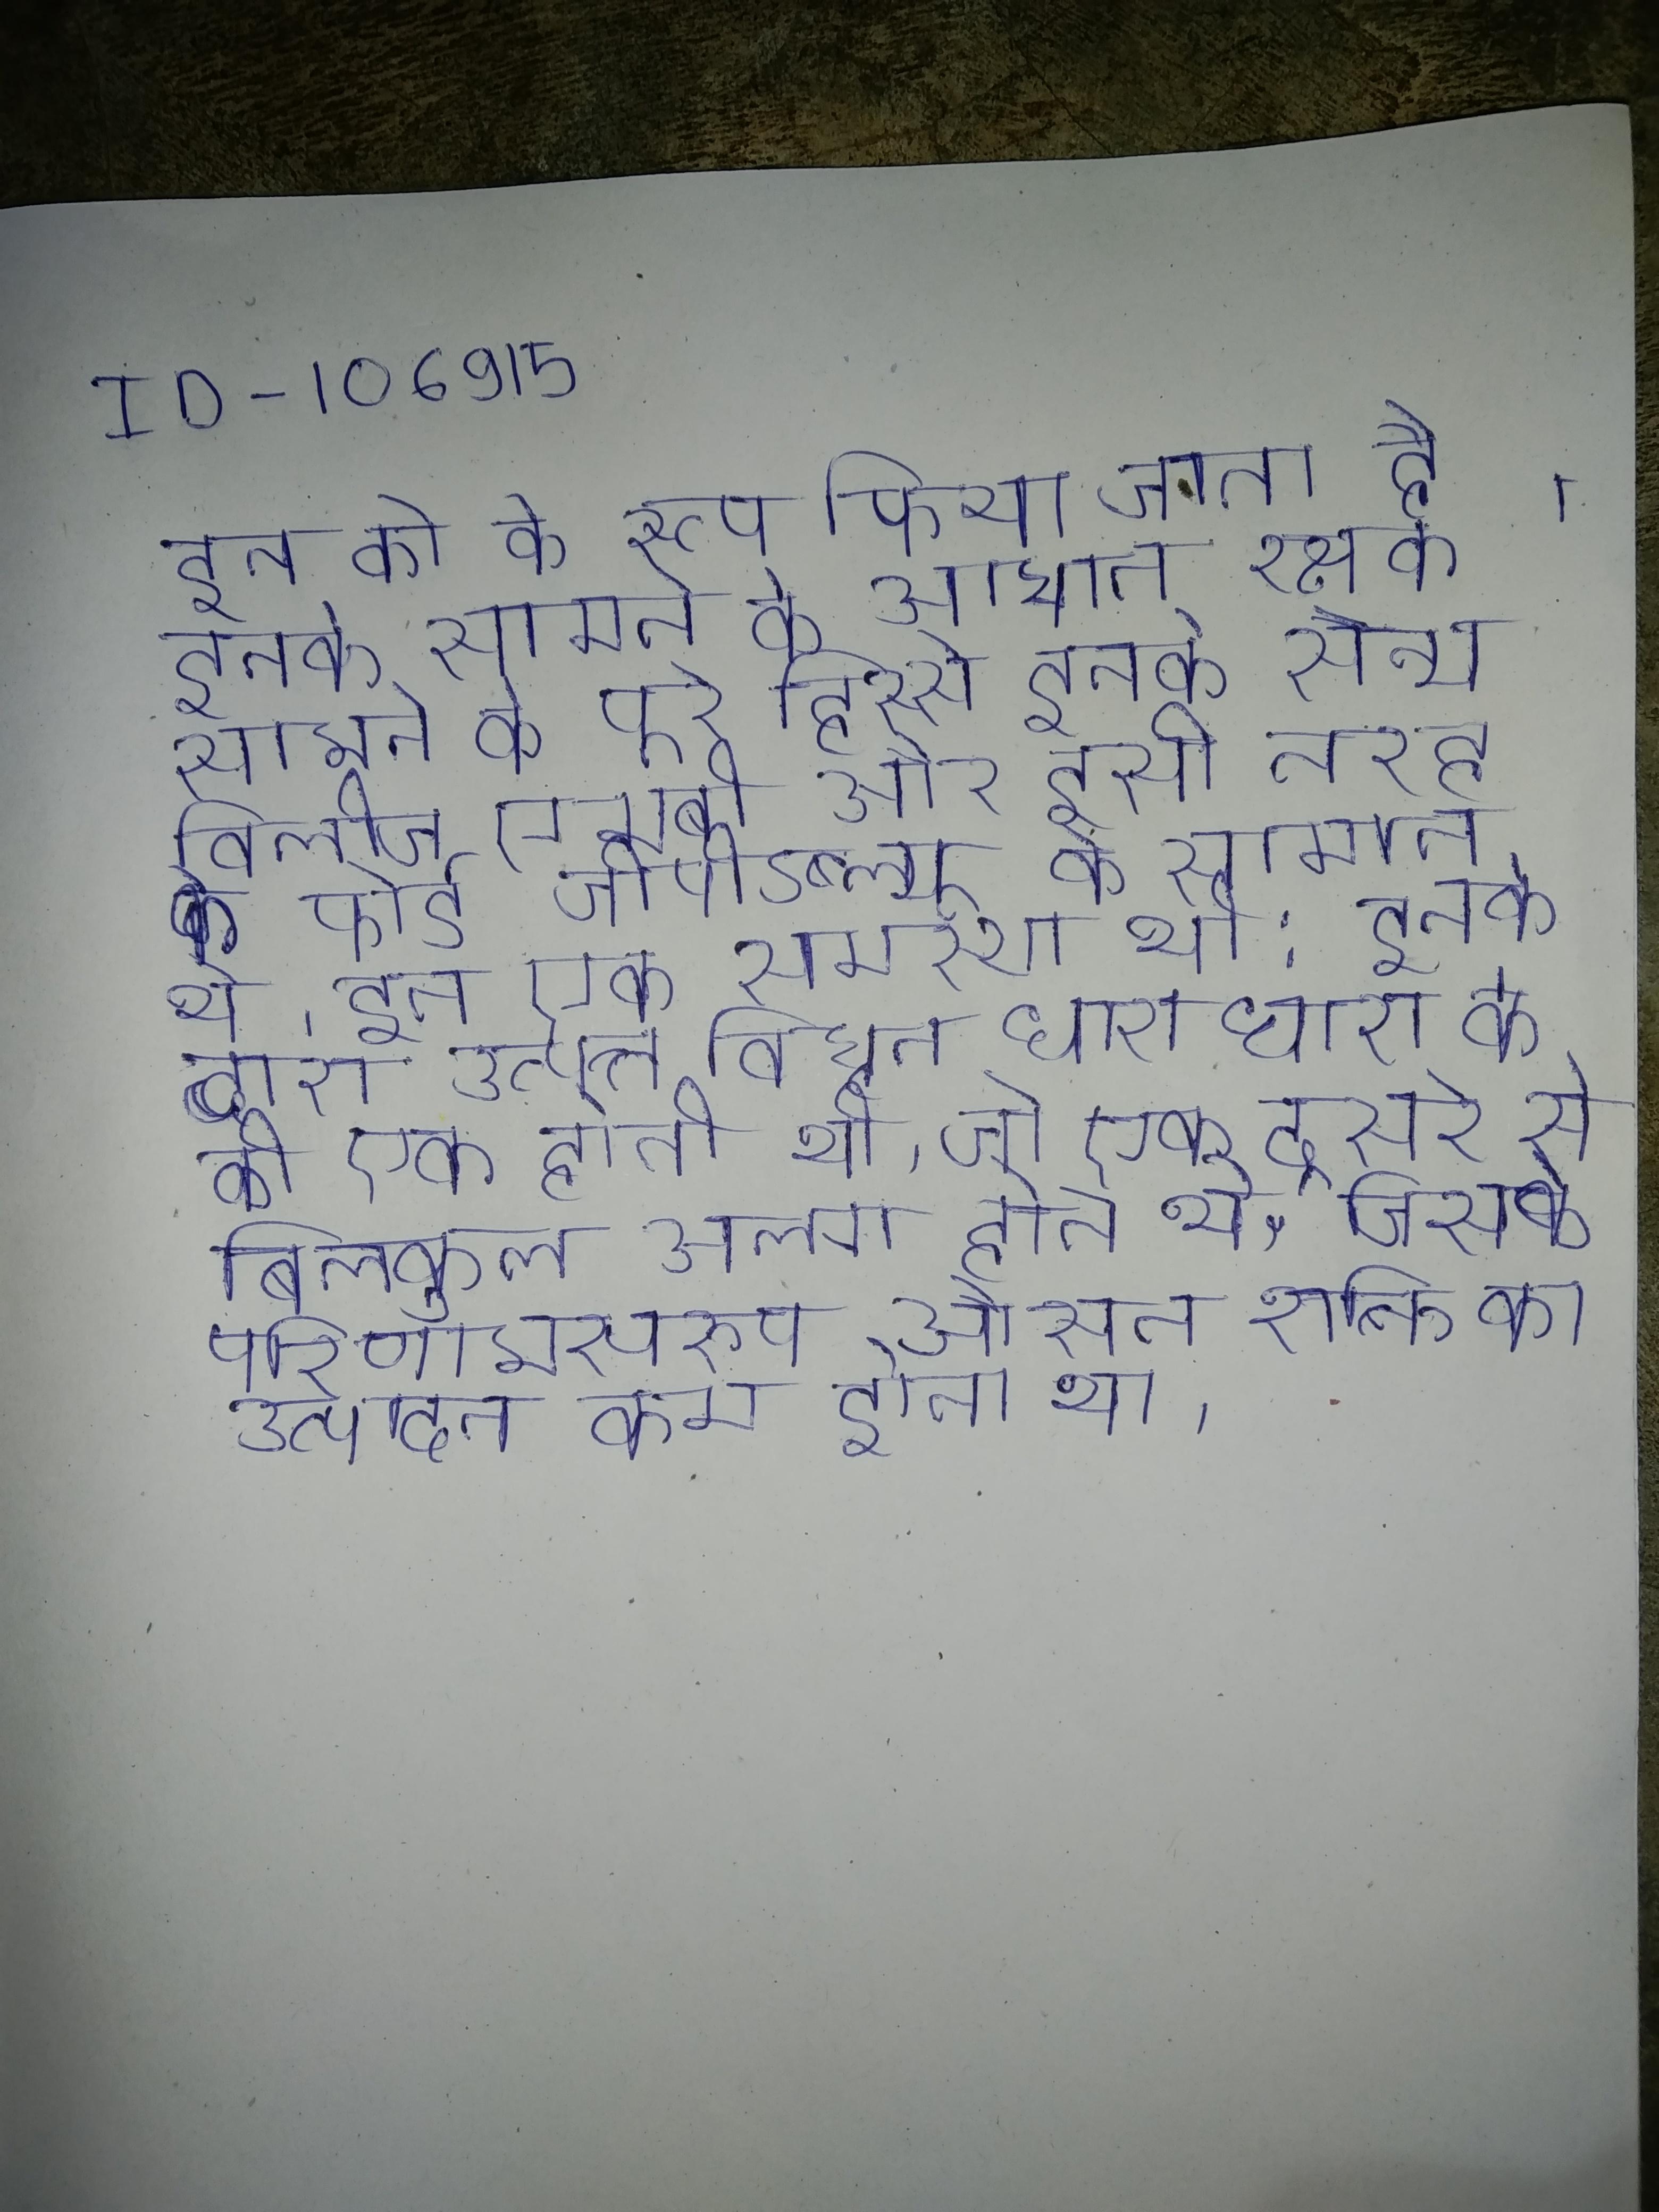
इन को के रूप किया जाता है इनके सामने के आघात रक्षक सामने के पूरे हिस्से इनके सैन्य विलीज एमबी और इसी तरह के फोर्ड जीपीडब्ल्यू के सामान थे । इन एक समस्या थी: इनके द्वारा उत्पन्न विद्युत धारा धारा के की एक होती थी, जो एक दूसरे से बिलकुल अलग होते थे, जिसके परिणामस्वरूप औसत शक्ति का उत्पादन कम होता था ।